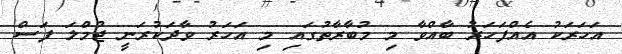
އަހަރަކު އެއްފަހަރު ބާއްވާ މި މުބާރާތުގައި މި އަހަރު ވާދަކުރަނީ ޖުމްލަ ފަސް